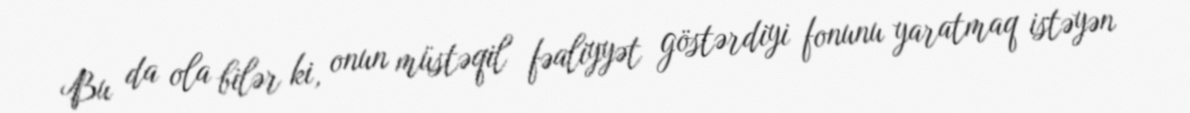
Bu da ola bilər ki, onun müstəqil fəaliyyət göstərdiyi fonunu yaratmaq istəyən